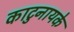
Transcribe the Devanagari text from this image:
काटुनायके